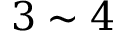
3 \sim 4